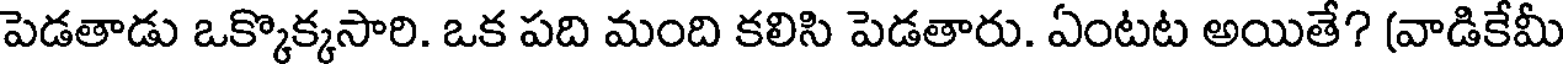
పెడతాడు ఒక్కొక్కసారి. ఒక పది మంది కలిసి పెడతారు. ఏంటట అయితే? (వాడికేమీ